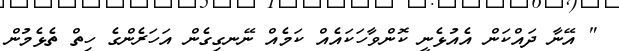
" އޭނާ ދައްކަން އެއުޅެނީ ކޮންވާހަކައެއް ކަމެއް ނޭނގިގެން އަހަރެންގެ ހިތް ތެޅެމުން